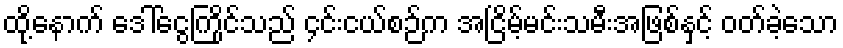
ထို့နောက် ဒေါ်ငွေကြိုင်သည် ၄င်းငယ်စဉ်က အငြိမ့်မင်းသမီးအဖြစ်နှင့် ဝတ်ခဲ့သော